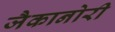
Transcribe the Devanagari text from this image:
जैकानोरी